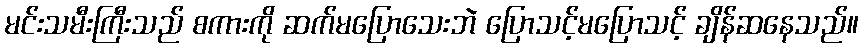
မင်းသမီးကြီးသည် စကားကို ဆက်မပြောသေးဘဲ ပြောသင့်မပြောသင့် ချိန်ဆနေသည်။